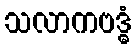
သလာကဗဒ္ဓံ